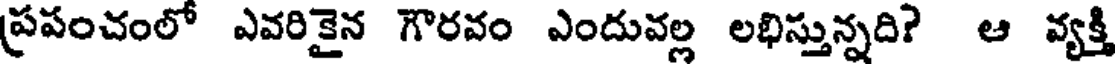
ప్రపంచంలో ఎవరికైన గౌరవం ఎందువల్ల లభిస్తున్నది? ఆ వ్యక్తి